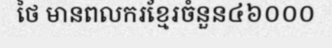
ថៃ មានពលករខ្មែរចំនួន៤៦០០០